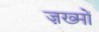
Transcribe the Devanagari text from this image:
ज़ख्‍मों